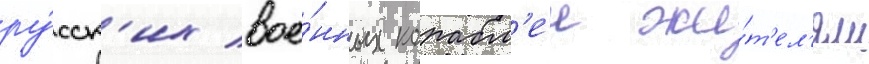
ру́сск'их вое́нных корабл'еи жи́т'ел'ям